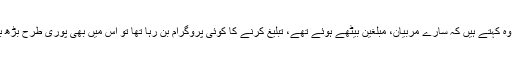
اس وقت بھی بیماری سے چند گھنٹے پہلے، آخری رات، وہ کہتے ہیں کہ سارے مربیان، مبلغین بیٹھے ہوئے تھے، تبلیغ کرنے کا کوئی پروگرام بن رہا تھا تو اس میں بھی پوری طرح بڑھ بڑھ کے حصہ لے رہے تھے، تجاویز پیش کر رہے تھے۔